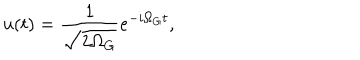
u ( t ) = \frac { 1 } { \sqrt { 2 \Omega _ { G } } } e ^ { - i \Omega _ { G } t } ,